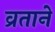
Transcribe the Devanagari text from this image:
व्रताने